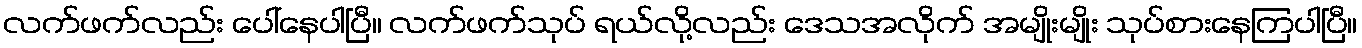
လက်ဖက်လည်း ပေါ်နေပါပြီ။ လက်ဖက်သုပ် ရယ်လို့လည်း ဒေသအလိုက် အမျိုးမျိုး သုပ်စားနေကြပါပြီ။